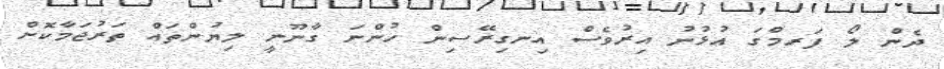
ދެން ލޯ ފަރމްގަ އުޅުނު އިރުވެސް އިނގިރޭސިން ހުންނަ ގާނޫނީ ލިޔުންތައް ތަރުޖަމާކޮށް